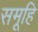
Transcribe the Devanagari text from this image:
समूहि